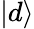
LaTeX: |d\rangle